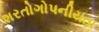
શરતોગોપનીયતા